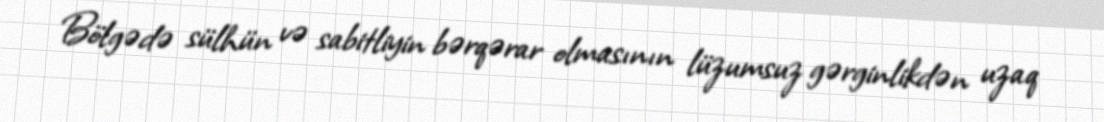
Bölgədə sülhün və sabitliyin bərqərar olmasının lüzumsuz gərginlikdən uzaq